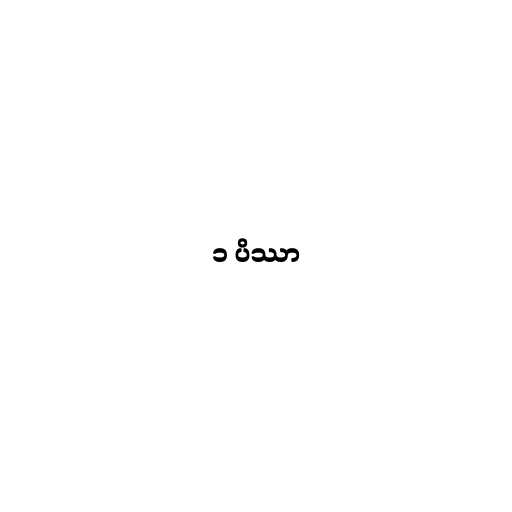
၁ ပိဿာ